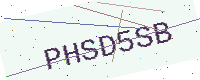
Text: PHSD5SB